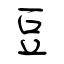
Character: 豆